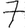
Digit: 7